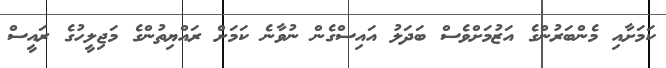
ކަމަށާއި މެންބަރުންގެ އަޒުމަށްވެސް ބަދަލު އައިސްގެން ނުވާނެ ކަމަށް ރައްޔިތުންގެ މަޖިލީހުގެ ރައީސް